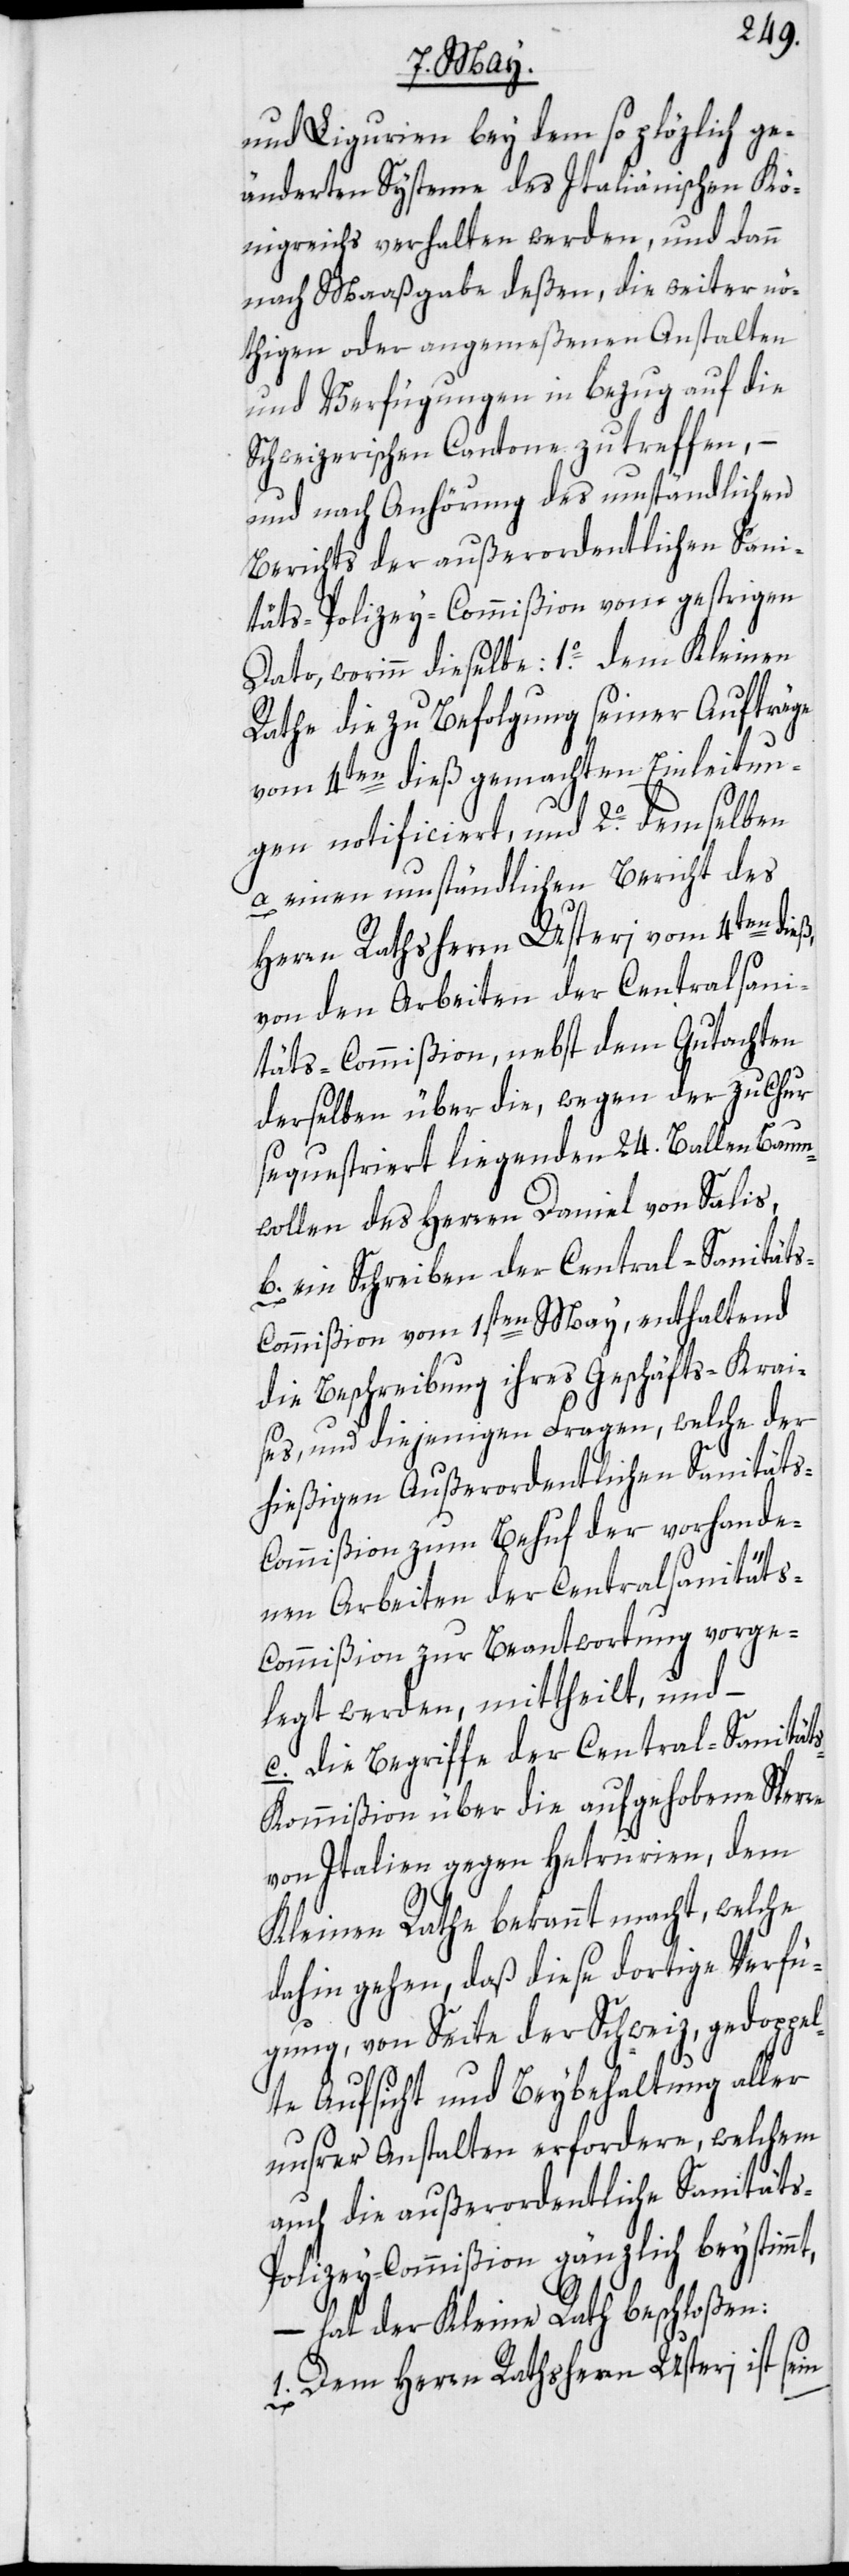
und Ligurien bey dem so plözlich ge¬
änderten Systeme des Italiänischen Kö¬
nigreichs verhalten werden, und dann
nach Maaßgabe deßen, die weiter nö¬
thigen oder angemeßenen Anstalten
und Verfügungen in bezug auf die
Schweizerischen Cantone zu treffen, –
und nach Anhörung des umständlichen
Berichts der außerordentlichen Sani¬
täts-Polizey-Commißion vom gestrigen
Dato, worinn dieselbe: 1o. dem Kleinen
Rathe die zu Befolgung seiner Aufträge
vom 4ten dieß gemachten Einleitun¬
gen notificiert, und 2o. demselben
a einen umständlichen Bericht des
Herrn Rathsherrn Usteri vom 4ten dieß,
von den Arbeiten der Centralsani¬
täts-Commißion, nebst dem Gutachten
derselben über die, wegen der zu Chur
sequestriert liegenden 24. Ballen Baum¬
wollen des Herren Daniel von Salis,
b. ein Schreiben der Central-Sanität¬
ommißion vom 1sten May, enthaltend
die Beschreibung ihres Geschäfts-Krai¬
ses, und diejenigen Fragen, welche der
hießigen Außerordentlichen Sanitäts-C¬
ommißion zum Behuf der vorhande¬
nen Arbeiten der Centralsanitäts-C¬
ommißion zur Beantwortung vorge¬
legt werden, mittheilt, und –
c. die Begriffe der Central-Sanität¬
s-Kommißion über die aufgehobene Sperre
von Italien gegen Hetrurien, dem
s-C¬
mt,
Kleinen Rathe bekannt macht, welche
dahin gehen, daß diese dortige Verfü¬
gung, von Seite der Schweiz, gedoppel¬
te Aufsicht und Beybehaltung aller
unsrer Anstalten erfordere, welchem
auch die außerordentliche Sanitäts-P¬
olizey-Commißion gänzlich beystim¬
– hat der Kleine Rath beschloßen:
1. Dem Herrn Rathsherrn Usteri ist sein